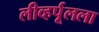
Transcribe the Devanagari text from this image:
लीव्हर्पूलला